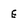
Character: E